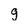
Character: g